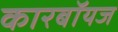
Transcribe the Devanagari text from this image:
कारबॉयज